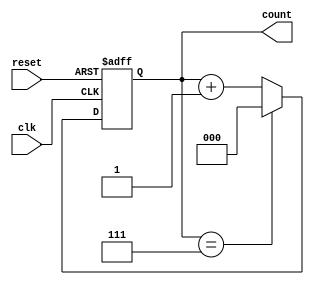
module ModulusCounter (
    input wire clk, reset,
    output reg [2:0] count
);

always @(posedge clk or posedge reset) begin
    if (reset) begin
        count <= 3'b000;
    end else begin
        if (count == 3'b111) begin
            count <= 3'b000;
        end else begin
            count <= count + 1;
        end
    end
end

endmodule